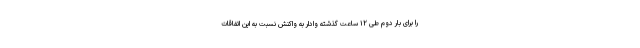
را برای بار دوم طی ۱۲ ساعت گذشته وادار به واکنش نسبت به این اتفاقات